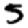
Digit: 5